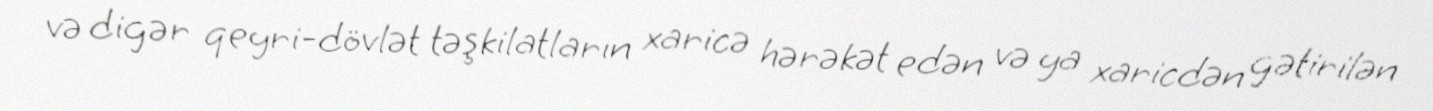
və digər qeyri-dövlət təşkilatların xaricə hərəkət edən və ya xaricdən gətirilən